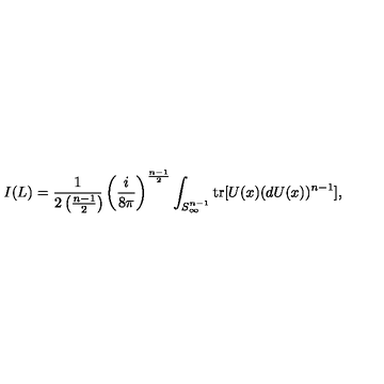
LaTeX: I ( L ) = \frac { 1 } { 2 \left( \frac { n - 1 } { 2 } \right) \! } \left( \frac { i } { 8 \pi } \right) ^ { \frac { n - 1 } { 2 } } \int _ { S _ { \infty } ^ { n - 1 } } \mathrm { t r } [ U ( x ) ( d U ( x ) ) ^ { n - 1 } ] ,